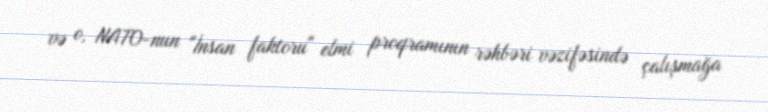
və o, NATO-nun "İnsan faktoru" elmi proqramının rəhbəri vəzifəsində çalışmağa